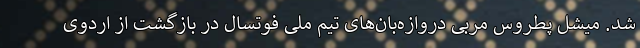
شد. میشل پطروس مربی دروازه‌بان‌های تیم ملی فوتسال در بازگشت از اردوی